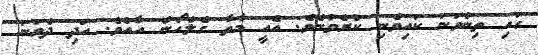
ގައި ތިންވަނަ ކައިވެނި ކުރެވުނެވެ. އެއީ މާތާ ގެލްހޯން އާއެވެ. އަދި ދެވަނަ